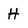
Character: H